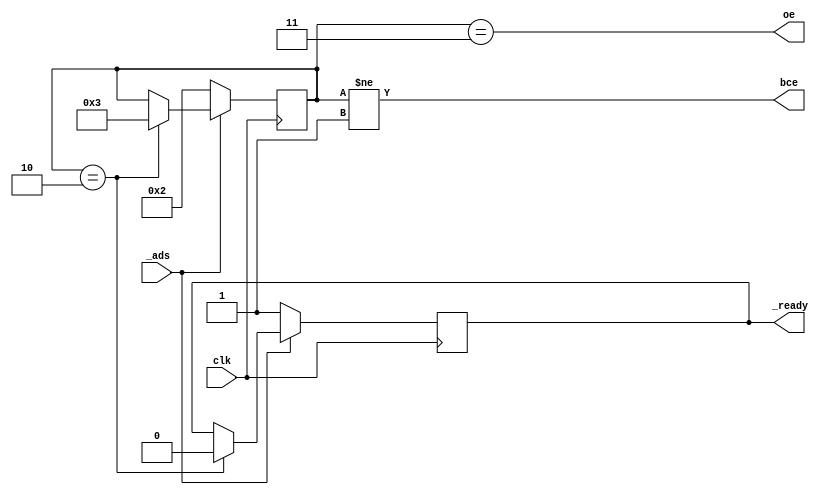
module bus_control
(
    input clk,

    input _ads,

    output reg _ready,

    output oe,
    output bce
);

`define ST_IDLE     1
`define ST_T1       2
`define ST_T2       3

reg [7:0] state;

assign oe = state == `ST_T2;
assign bce = state != `ST_IDLE;

initial
begin
    _ready <= 0;
    state <= `ST_IDLE;
end

task init_bus_cycle;
    begin
        _ready <= 1;
        state <= `ST_T1;
    end
endtask

task refresh_fsm;
    begin
        case (state)
            `ST_T1:
            begin
                _ready <= 0;
                state <= `ST_T2;
            end
        endcase
    end
endtask

always @(posedge clk)
begin
    if (!_ads)
    begin
        init_bus_cycle();
    end
    else
        refresh_fsm();
end

endmodule